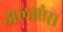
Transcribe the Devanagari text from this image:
अलाएंस